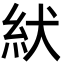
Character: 紎